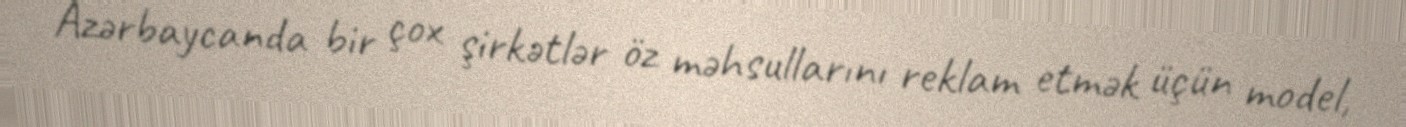
Azərbaycanda bir çox şirkətlər öz məhsullarını reklam etmək üçün model,